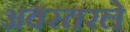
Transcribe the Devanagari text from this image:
अवरतरले